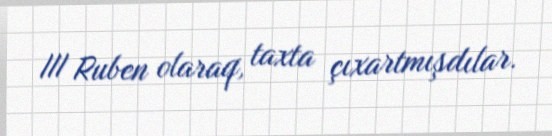
III Ruben olaraq, taxta çıxartmışdılar.